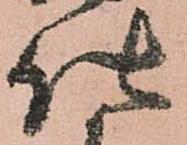
仕